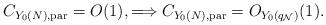
LaTeX: \begin{align*} C_{Y_{0}(N),\mathrm{par}}=O(1),\Longrightarrow C_{Y_{0}(N),\mathrm{par}}=O_{Y_{0}(q_{\mathcal{N}})}(1).\end{align*}